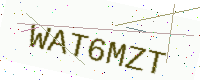
Text: WAT6MZT